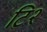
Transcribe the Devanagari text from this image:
टि२